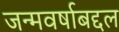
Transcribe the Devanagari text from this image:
जन्मवर्षाबद्दल